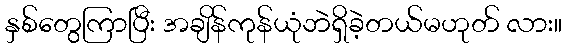
နှစ်တွေကြာပြီး အချိန်ကုန်ယုံဘဲရှိခဲ့တယ်မဟုတ် လား။